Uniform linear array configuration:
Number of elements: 48
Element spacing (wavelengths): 0.5
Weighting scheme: hamming
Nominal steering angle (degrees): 0
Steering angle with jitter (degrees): -1.938
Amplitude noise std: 0.05
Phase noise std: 0.05

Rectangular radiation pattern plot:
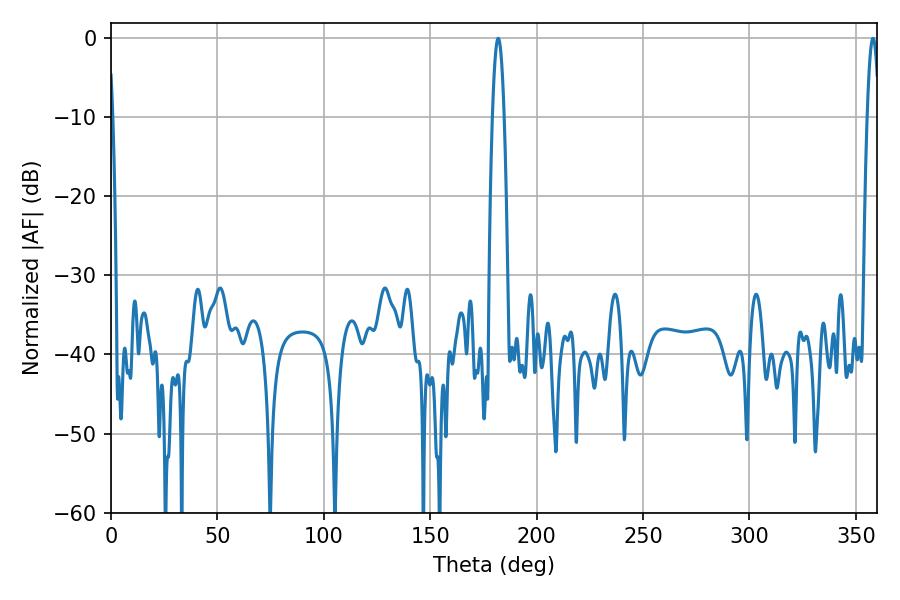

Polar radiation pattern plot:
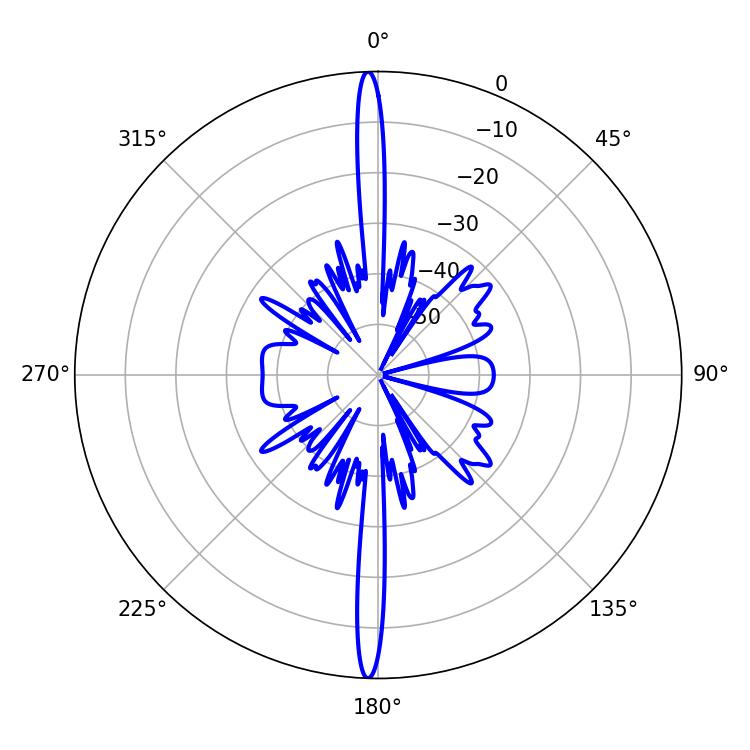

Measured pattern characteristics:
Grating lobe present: FALSE
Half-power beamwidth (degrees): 2.88
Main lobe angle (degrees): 181.98